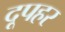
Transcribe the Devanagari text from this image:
दूपहर